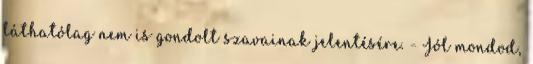
láthatólag nem is gondolt szavainak jelentésére. - Jól mondod,